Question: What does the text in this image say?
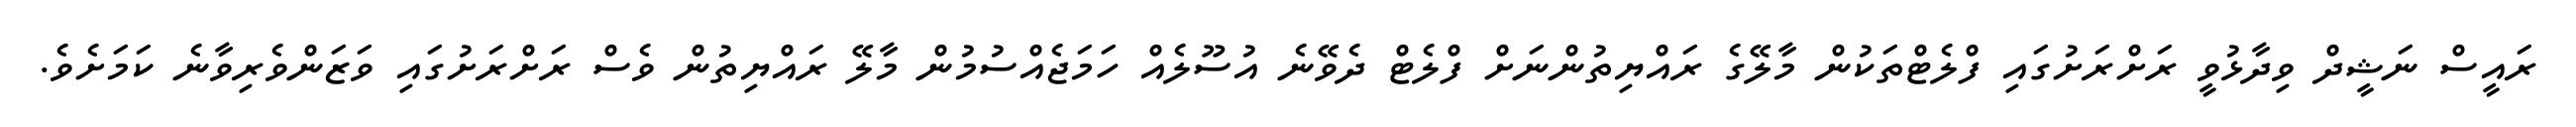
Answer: ރައީސް ނަޝީދް ވިދާޅުވީ ރަށްރަށުގައި ފްލެޓްތަކުން މާލޭގެ ރައްޔިތުންނަށް ފްލެޓް ދެވޭނެ އުސޫލެއް ހަމަޖެއްސުމުން މާލޭ ރައްޔިތުން ވެސް ރަށްރަށުގައި ވަޒަންވެރިވާނެ ކަމަށެވެ.